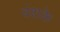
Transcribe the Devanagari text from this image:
वंशके